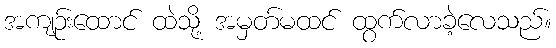
အကျဉ်းထောင် ထဲသို့ အမှတ်မထင် ထွက်လာခဲ့လေသည်။